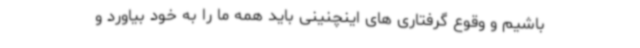
باشیم و وقوع گرفتاری های اینچنینی باید همه ما را به خود بیاورد و